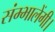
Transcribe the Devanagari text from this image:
संम्भालेंगी।